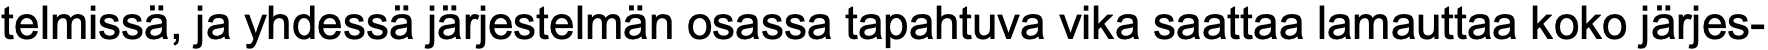
telmissä, ja yhdessä järjestelmän osassa tapahtuva vika saattaa lamauttaa koko järjes-